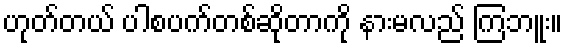
ဟုတ်တယ် ပါစပက်တစ်ဆိုတာကို နားမလည် ကြဘူး။